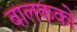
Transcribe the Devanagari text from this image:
बालकको